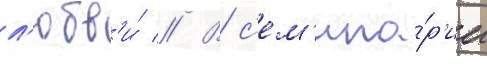
л'юбв'и́ // В с'ем'ина́р'ии